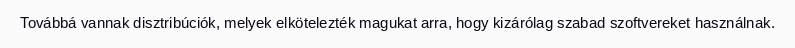
Továbbá vannak disztribúciók, melyek elkötelezték magukat arra, hogy kizárólag szabad szoftvereket használnak.